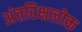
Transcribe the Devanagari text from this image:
अंतरिक्षलोक